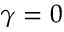
\gamma = 0